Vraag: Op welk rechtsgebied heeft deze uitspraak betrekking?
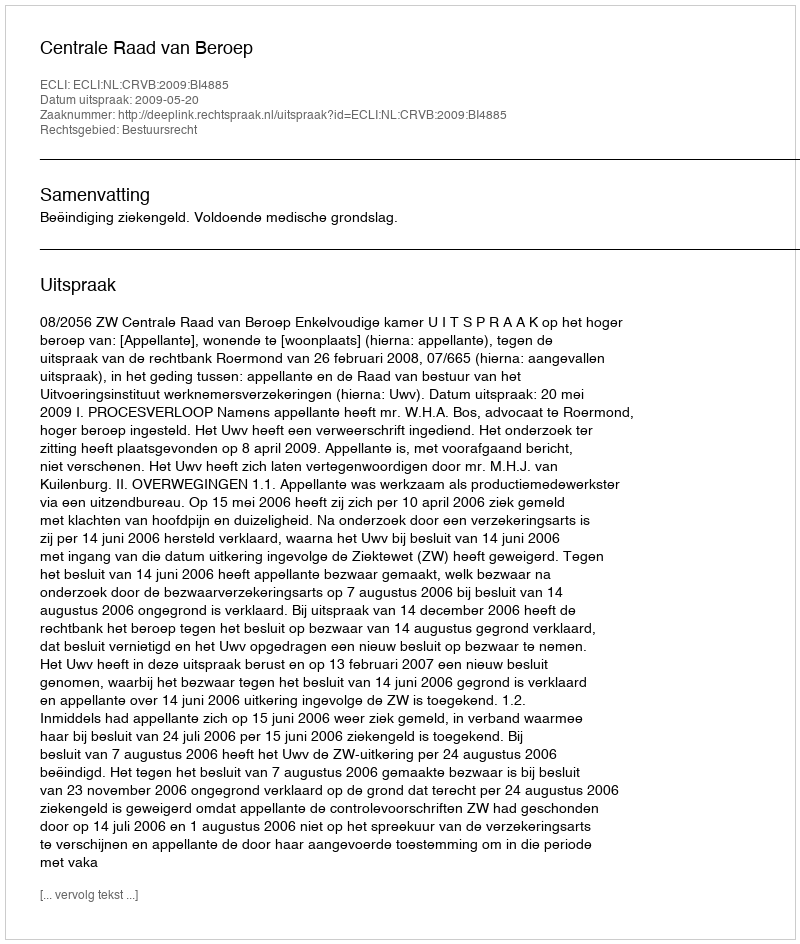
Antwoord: Bestuursrecht